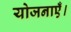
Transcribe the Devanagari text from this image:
योजनाएँ।